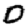
Digit: 0